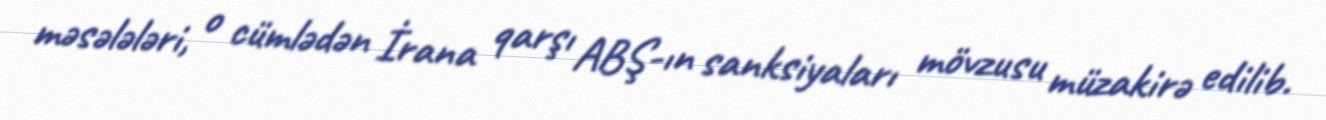
məsələləri, o cümlədən İrana qarşı ABŞ-ın sanksiyaları mövzusu müzakirə edilib.